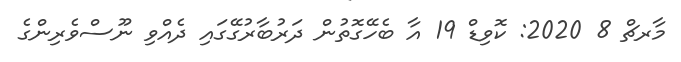
މާރޗް 8 2020: ކޮވިޑް 19 އާ ބެހޭގޮތުން ދަރުބާރުގޭގައި ދެއްވި ނޫސްވެރިންގެ